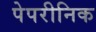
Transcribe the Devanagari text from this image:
पेपरीनिक